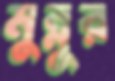
মুন্নুর